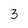
Character: 3